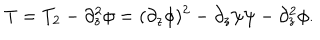
LaTeX: T = T _ { 2 } - \partial _ { z } ^ { 2 } \phi = ( \partial _ { z } \phi ) ^ { 2 } - \partial _ { z } \psi \psi - \partial _ { z } ^ { 2 } \phi .